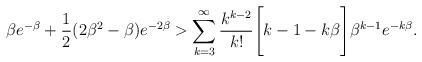
LaTeX: \begin{align*}\beta e^{-\beta} + \frac{1}{2}(2\beta^2 - \beta)e^{-2\beta} > \sum_{k=3}^\infty \frac{k^{k-2}}{k!}\Bigg[k-1- k\beta\Bigg]\beta^{k-1}e^{-k\beta}.\end{align*}